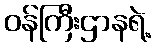
ဝန်ကြီးဌာနရဲ့